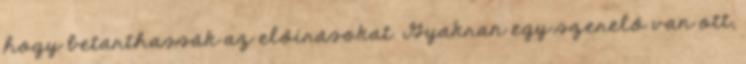
hogy betarthassák az előírásokat. Gyakran egy szerelő van ott,